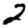
Digit: 2